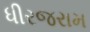
ધીરજરામ